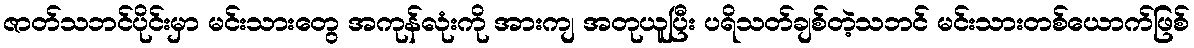
ဇာတ်သဘင်ပိုင်းမှာ မင်းသားတွေ အကုန်လုံးကို အားကျ အတုယူပြီး ပရိသတ်ချစ်တဲ့သဘင် မင်းသားတစ်ယောက်ဖြစ်